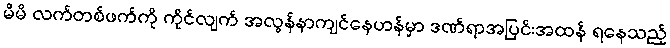
မိမိ လက်တစ်ဖက်ကို ကိုင်လျက် အလွန်နာကျင်နေဟန်မှာ ဒဏ်ရာအပြင်းအထန် ရနေသည့်